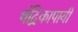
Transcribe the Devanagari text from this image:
चंद्रिकापायी